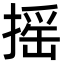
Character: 摇